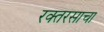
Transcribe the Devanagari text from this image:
रक्तरसाचा